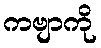
ကဗျာကို